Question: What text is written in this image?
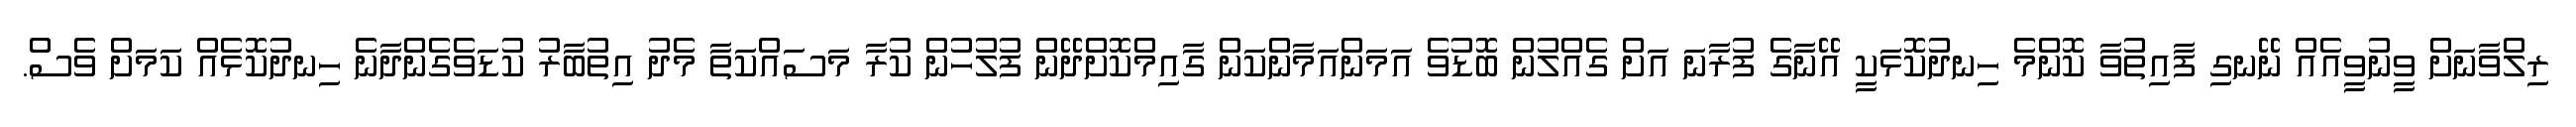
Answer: ރިލްވާނަށް ވީނުވީއެއް ނޭނގި ފާއިތުވާ ކޮންމެ ހިނދުކޮޅަކީ އޭނާގެ ފުރާނަ އަށް ގެއްލުން ބޮޑުވެ އަމަންއަމާންކަން ގާއިމްކޮށްދޭން ފުލުހުން ކުރާ މަސައްކަތާ މެދު އިތުބާރު ކުޑަވެގެންދާނެ ހިނދުކޮޅެއް ކަމަށް ވެސް.